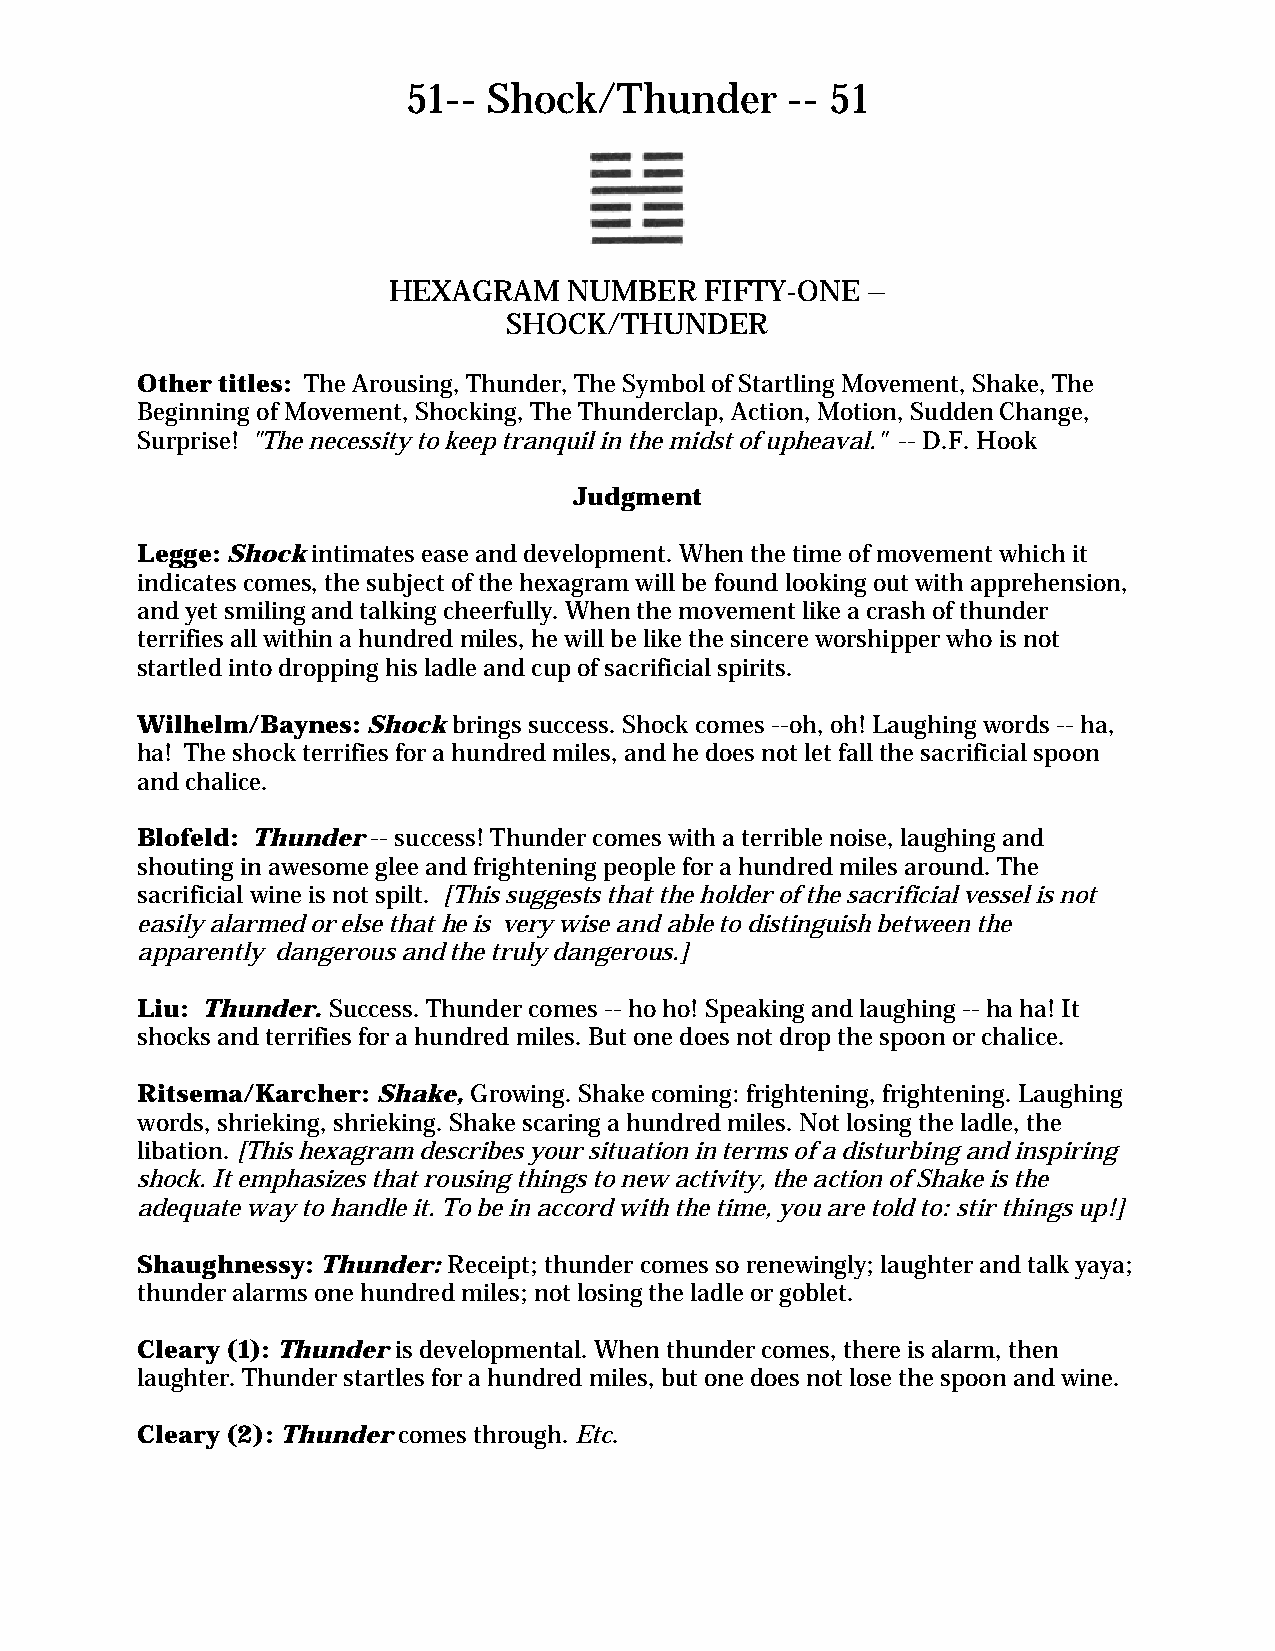
51-- Shock/Thunder       -- 51
 HEXAGRAM    NUMBER   FIFTY-ONE –
 SHOCK/THUNDER
 Other titles: The Arousing, Thunder, The Symbol of Startling Movement, Shake, The
 Beginning of Movement, Shocking, The Thunderclap, Action, Motion, Sudden Change,
 Surprise! "The necessity to keep tranquil in the midst of upheaval." -- D.F. Hook
 Judgment
 Legge: Shock intimates ease and development. When the time of movement which it
 indicates comes, the subject of the hexagram will be found looking out with apprehension,
 and yet smiling and talking cheerfully. When the movement like a crash of thunder
 terrifies all within a hundred miles, he will be like the sincere worshipper who is not
 startled into dropping his ladle and cup of sacrificial spirits.
 Wilhelm/Baynes: Shock brings success. Shock comes --oh, oh! Laughing words -- ha,
 ha! The shock terrifies for a hundred miles, and he does not let fall the sacrificial spoon
 and chalice.
 Blofeld: Thunder -- success! Thunder comes with a terrible noise, laughing and
 shouting in awesome glee and frightening people for a hundred miles around. The
 sacrificial wine is not spilt. [This suggests that the holder of the sacrificial vessel is not
 easily alarmed or else that he is very wise and able to distinguish between the
 apparently dangerous and the truly dangerous.]
 Liu: Thunder. Success. Thunder comes -- ho ho! Speaking and laughing -- ha ha! It
 shocks and terrifies for a hundred miles. But one does not drop the spoon or chalice.
 Ritsema/Karcher: Shake, Growing. Shake coming: frightening, frightening. Laughing
 words, shrieking, shrieking. Shake scaring a hundred miles. Not losing the ladle, the
 libation. [This hexagram describes your situation in terms of a disturbing and inspiring
 shock. It emphasizes that rousing things to new activity, the action of Shake is the
 adequate way to handle it. To be in accord with the time, you are told to: stir things up!]
 Shaughnessy: Thunder: Receipt; thunder comes so renewingly; laughter and talk yaya;
 thunder alarms one hundred miles; not losing the ladle or goblet.
 Cleary (1): Thunder is developmental. When thunder comes, there is alarm, then
 laughter. Thunder startles for a hundred miles, but one does not lose the spoon and wine.
 Cleary (2): Thunder comes through. Etc.